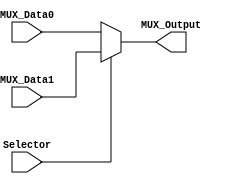
/****************************************************************************************
*****************************************************************************************
Name: 
	Mux2to1
	
Description: 
	This is a multiplexer 2to1

Subject:
	Microprocessors Design - ITESO

Author:
	Cesar Carlos Robles Martinez 

Date:
	14/04/2019
*****************************************************************************************
*****************************************************************************************/

module Mux2to1

#(
	parameter WORD_LENGTH = 32
)

(
// inputs

	input Selector,
	input [WORD_LENGTH - 1 : 0] MUX_Data0,
	input [WORD_LENGTH - 1 : 0] MUX_Data1,

// outputs	
	
	output [WORD_LENGTH - 1 : 0] MUX_Output

);


reg [WORD_LENGTH - 1 : 0] MUX_Output_reg;

	always@(Selector,MUX_Data1,MUX_Data0) begin
	
		if(Selector)
			MUX_Output_reg = MUX_Data1;
		else
			MUX_Output_reg = MUX_Data0;
	end
	
assign MUX_Output = MUX_Output_reg;


endmodule